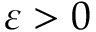
\varepsilon > 0